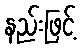
နည်းဖြင့်